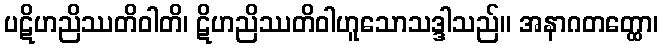
ပဋိဟညိဿတိဝါတိ၊ ဋိဟညိဿတိဝါဟူသောသဒ္ဒါသည်။ အနာဂတတ္ထော၊